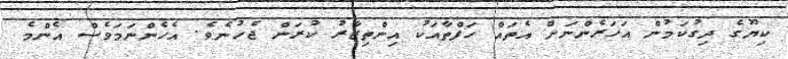
ކިޔޫގެ ދިގުކަމުން އަހަރެންނަށް އެތައް ހަފްތާއަކު އިންތިޒާރު ކުރަން ޖެހުނެވެ. އެހެންނަމަވެސް އެންމެ